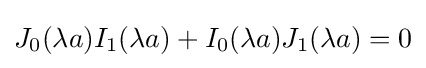
J_{0}(\lambda a)I_{1}(\lambda a)+I_{0}(\lambda a)J_{1}(\lambda a)=0